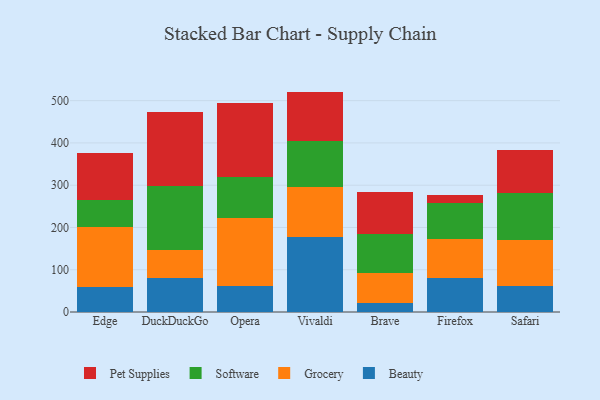
{"axis": {"x": "Browser", "y": "Tickets Resolved"}, "legend": ["Beauty", "Grocery", "Pet Supplies", "Software"], "data": [{"x": "Edge", "y": 58.5, "type": "Beauty"}, {"x": "Edge", "y": 142.6, "type": "Grocery"}, {"x": "Edge", "y": 64.2, "type": "Software"}, {"x": "Edge", "y": 111.2, "type": "Pet Supplies"}, {"x": "DuckDuckGo", "y": 81.2, "type": "Beauty"}, {"x": "DuckDuckGo", "y": 65.2, "type": "Grocery"}, {"x": "DuckDuckGo", "y": 150.6, "type": "Software"}, {"x": "DuckDuckGo", "y": 175.9, "type": "Pet Supplies"}, {"x": "Opera", "y": 61.2, "type": "Beauty"}, {"x": "Opera", "y": 161.5, "type": "Grocery"}, {"x": "Opera", "y": 97.4, "type": "Software"}, {"x": "Opera", "y": 175.0, "type": "Pet Supplies"}, {"x": "Vivaldi", "y": 177.0, "type": "Beauty"}, {"x": "Vivaldi", "y": 118.8, "type": "Grocery"}, {"x": "Vivaldi", "y": 109.6, "type": "Software"}, {"x": "Vivaldi", "y": 116.0, "type": "Pet Supplies"}, {"x": "Brave", "y": 20.6, "type": "Beauty"}, {"x": "Brave", "y": 71.0, "type": "Grocery"}, {"x": "Brave", "y": 92.0, "type": "Software"}, {"x": "Brave", "y": 100.8, "type": "Pet Supplies"}, {"x": "Firefox", "y": 79.4, "type": "Beauty"}, {"x": "Firefox", "y": 94.1, "type": "Grocery"}, {"x": "Firefox", "y": 83.8, "type": "Software"}, {"x": "Firefox", "y": 18.8, "type": "Pet Supplies"}, {"x": "Safari", "y": 61.2, "type": "Beauty"}, {"x": "Safari", "y": 110.3, "type": "Grocery"}, {"x": "Safari", "y": 109.9, "type": "Software"}, {"x": "Safari", "y": 102.7, "type": "Pet Supplies"}]}